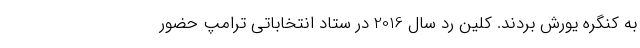
به کنگره یورش بردند. کلین رد سال 2016 در ستاد انتخاباتی ترامپ حضور